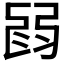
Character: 𢏽